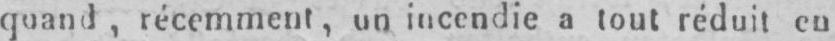
quand, récemment, un incendie a tout réduit en